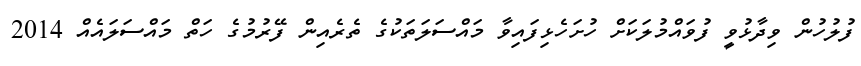
ފުލުހުން ވިދާޅުވީ ފުވައްމުލަކަށް ހުށަހެޅިފައިވާ މައްސަލަތަކުގެ ތެރެއިން ފޭރުމުގެ ހަތް މައްސަލައެއް 2014